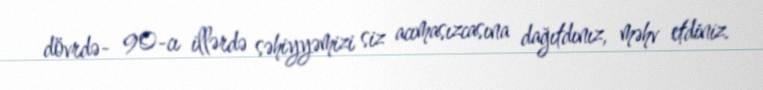
dövrdə- 90-cı illərdə səhiyyəmizi siz acımasızcasına dağıtdınız, məhv etdiniz.